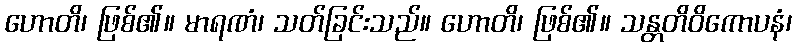
ဟောတိ၊ ဖြစ်၏။ မာရဏံ၊ သတ်ခြင်းသည်။ ဟောတိ၊ ဖြစ်၏။ သန္တတိဝိကောပနံ၊